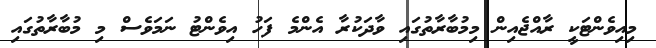
މިއިވެންޓަކީ ރާއްޖެއިން މިމުބާރާތުގައި ވާދަކުރާ އެންމެ ފަހު އިވެންޓު ނަމަވެސް މި މުބާރާތުގައި